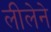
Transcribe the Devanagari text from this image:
लीलेने